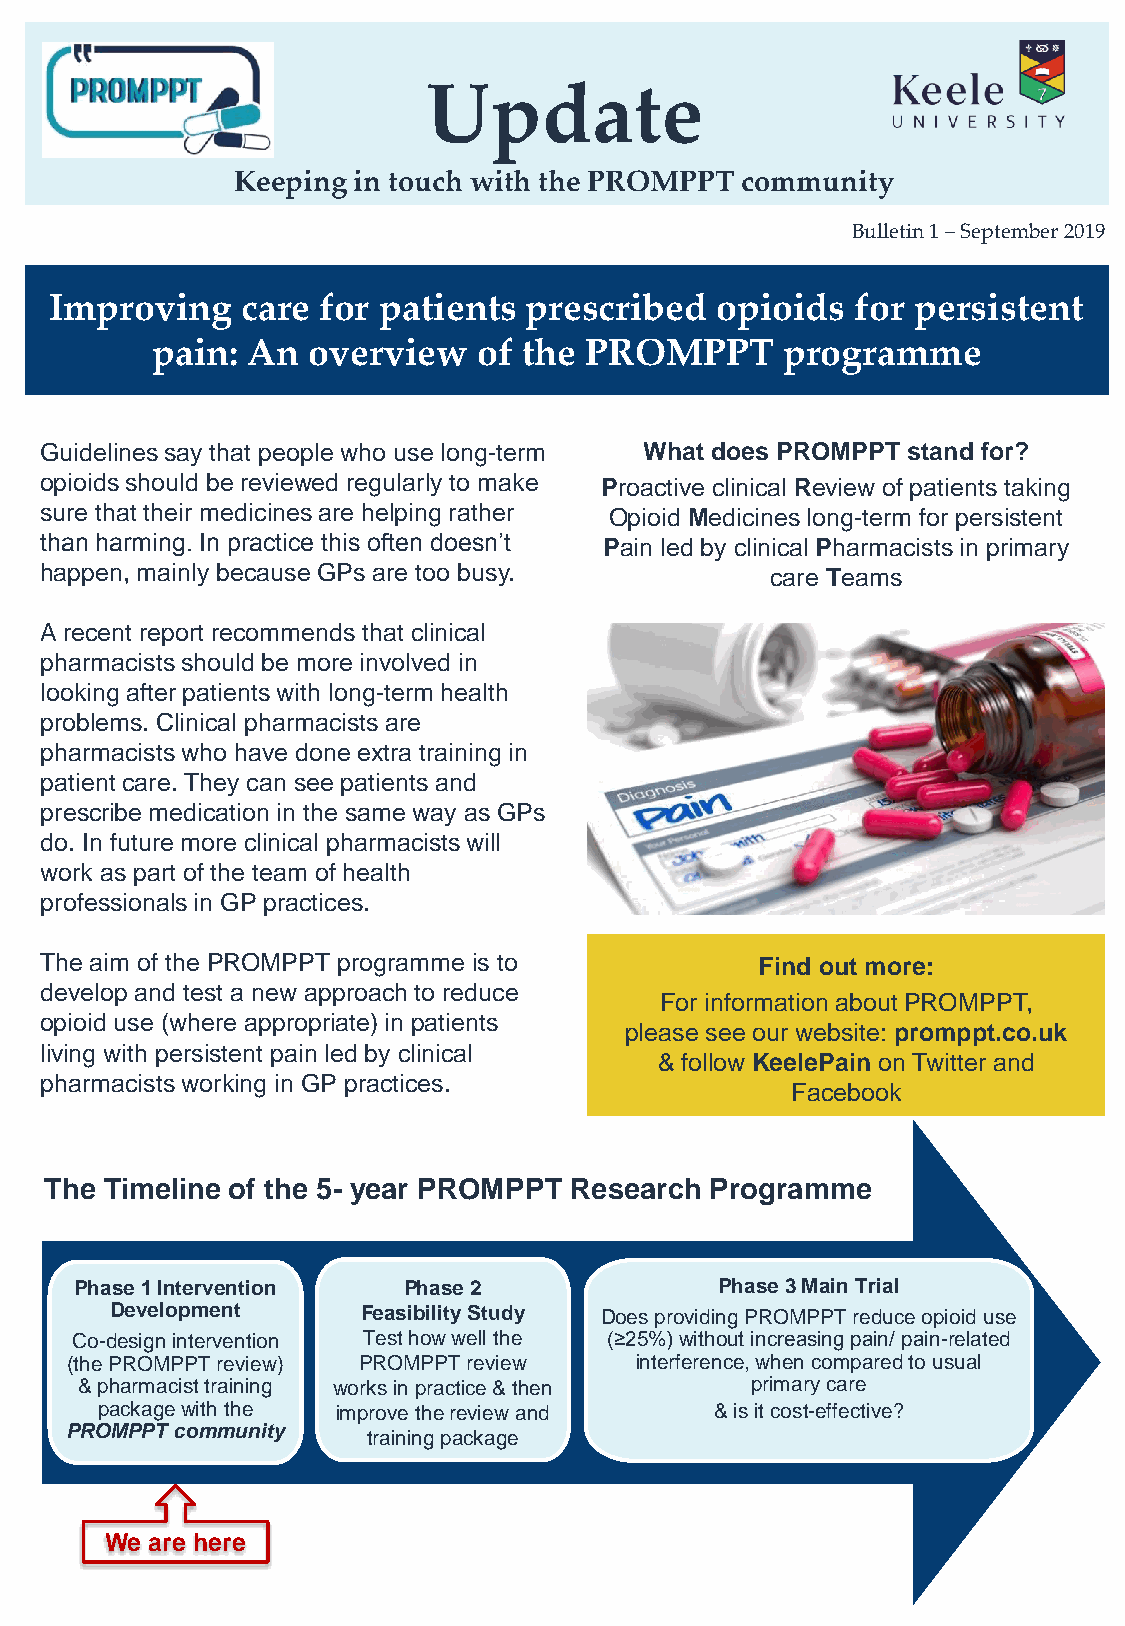
Update
 Keeping in touch with the PROMPPT community
 Bulletin 1 –September 2019
 Improving    care for patients  prescribed  opioids   for persistent
 pain: An  overview    of the PROMPPT      programme
 Guidelines say that people who use long-term What does PROMPPT stand for?
 opioids should be reviewed regularly to make Proactive clinical Review of patients taking
 sure that their medicines are helping rather Opioid Medicines long-term for persistent
 than harming. In practice this often doesn’t Pain led by clinical Pharmacists in primary
 happen, mainly because GPs are too busy.        care Teams
 A recent report recommends that clinical
 pharmacists should be more involved in
 looking after patients with long-term health
 problems. Clinical pharmacists are
 pharmacists who have done extra training in
 patient care. They can see patients and
 prescribe medication in the same way as GPs
 do. In future more clinical pharmacists will
 work as part of the team of health
 professionals in GP practices.
 The aim of the PROMPPT programme is to         Find out more:
 develop and test a new approach to reduce
 For information aboutPROMPPT,
 opioid use (where appropriate) in patients
 please see our website: promppt.co.uk
 living with persistent pain led by clinical
 & follow KeelePain on Twitter and
 pharmacists working in GP practices.
 Facebook
 The Timeline of the 5- year PROMPPT Research Programme
 Phase 1 Intervention  Phase 2              Phase 3 Main Trial
 Development      Feasibility Study Does providing PROMPPT reduce opioid use
 Co-design intervention Test how well the (≥25%) without increasing pain/ pain-related
 (the PROMPPT review) PROMPPT review   interference, when compared to usual
 & pharmacist training works in practice & then primary care
 package with the improve the review and  & is it cost-effective?
 PROMPPT community   training package
 We are here